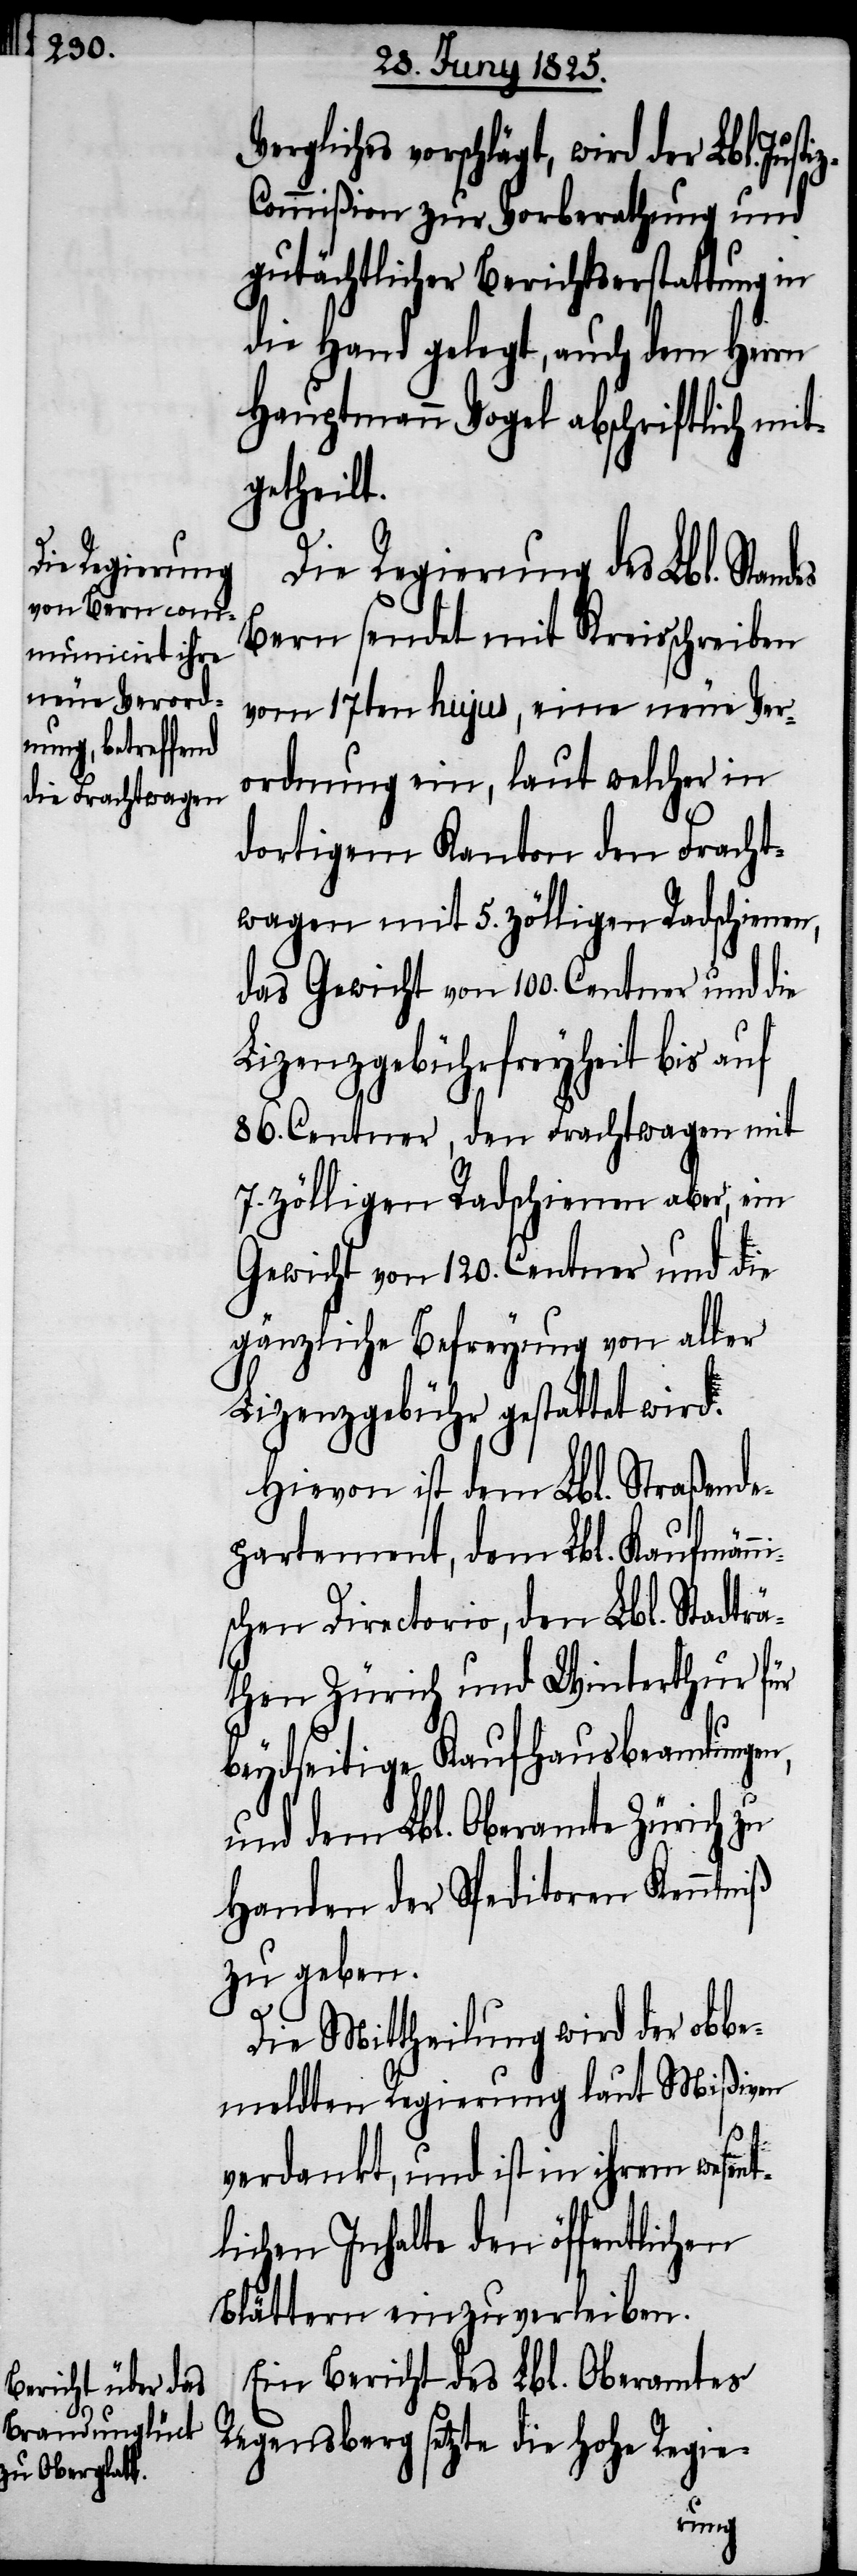
ni¬
Vergliches vorschlägt, wird der Lbl. Justiz-C¬
ommißion zur Vorberathung und
gutächtlicher Berichtserstattung in
die Hand gelegt, auch dem Herrn
Hauptmann Vogel abschriftlich mit¬
getheilt.
Die Regierung des Lbl. Stan¬
Bern sendet mit Kreisschreiben
vom 17ten hujus, eine neue Ver¬
ordnung ein, laut welcher in
dortigem Kanton den Fracht¬
wagen mit 5. zölligen Radschienen,
das Gewicht von 100. Centner und die
Lizenzgebührfreyheit bis auf
86. Centner, den Frachtwagen mit
7. zölligen Radschienen aber, ein
Gewicht von 120. Centner und die
gänzliche Befreyung von aller
Lizenzgebühr gestattet wird.
Hievon ist dem Lbl. Straßende¬
partement, dem Lbl. Kaufmän¬
schen Directorio, den Lbl. Stadträ¬
then Zürich und Winterthur für
beydseitige Kaufhausbeamtungen,
und dem Lbl. Oberamte Zürich zu
Handen der Speditoren Kenntniß
zu geben.
Die Mittheilung wird der obbe¬
meldten Regierung laut Mißiven
verdankt, und ist in ihrem wesent¬
lichen Inhalte den öffentlichen
Blättern einzuverleiben.
Ein Bericht des Lbl. Oberamtes
Regensberg setzte die hohe Regie-